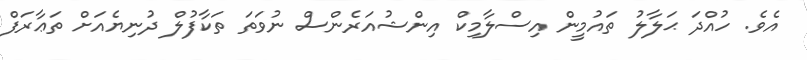
އެވެ. ހުއްދަ ޙަލާލު ތައުމީން އިސްލާމިކް އިންޝުއަރެންސް ނުވަތަ ތަކާފުލް ދުނިޔެއަށް ތަޢާރަފް